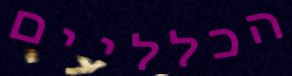
הכלליים